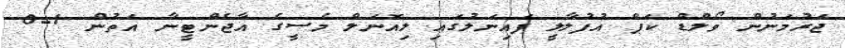
ޖަރުމަނުން ވޯލްޑް ކަޕް އުފުލާލީ ފައިނަލުގައި ލިއޮނަލް މެސީގެ އާޖެންޓީނާ އަތުން 1-0